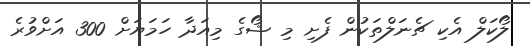
ލޯކަލް އެކި ޗެނަލްތަކުން ފެށި މި ޝޯގެ މިއަދާ ހަމަޔަށް 300 އަށްވުރެ